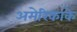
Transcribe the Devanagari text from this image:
अमेरिकाके